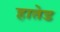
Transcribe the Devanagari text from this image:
हातेड